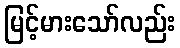
မြင့်မားသော်လည်း